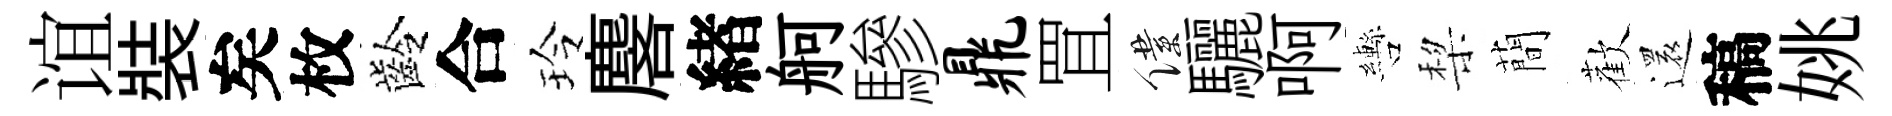
谊裝矣枚齡合玲麐緖舸驂鼎罝僕驪啊轡棃蕳歡還稿姚